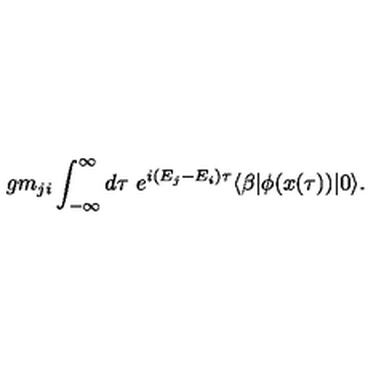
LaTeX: g m _ { j i } \int _ { - \infty } ^ { \infty } d \tau \ e ^ { i ( E _ { j } - E _ { i } ) \tau } \langle \beta | \phi ( x ( \tau ) ) | 0 \rangle .